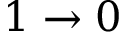
1 \rightarrow 0